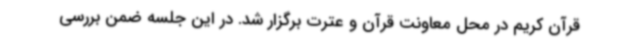
قرآن کریم در محل معاونت قرآن و عترت برگزار شد. در این جلسه ضمن بررسی